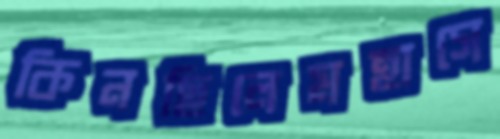
কিনছিলেমহাসে